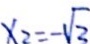
x _ { 2 } = - \sqrt { 2 }